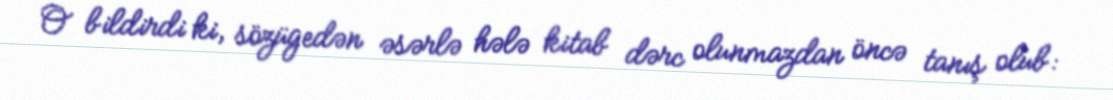
O bildirdi ki, sözügedən əsərlə hələ kitab dərc olunmazdan öncə tanış olub: